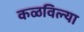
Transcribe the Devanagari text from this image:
कळविल्या